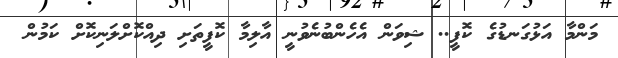
މަންމާ އަޅުގަނޑުގެ ކޮފީ.. ޝިވަން އެހެންބުނެވުނީ އާލިމާ ކޮފީތަށި ދިއްކޮށްލަނިކޮށް ކަމުން